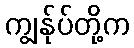
ကျွန်ုပ်တို့က